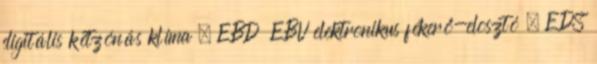
digitális kétzónás klíma – EBD EBV elektronikus fékerő-elosztó – EDS